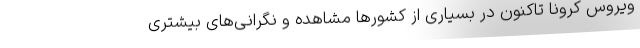
ویروس کرونا تاکنون در بسیاری از کشور‌ها مشاهده و نگرانی‌های بیشتری